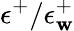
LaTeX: \epsilon^{+}/\epsilon_{\mathbf{w}}^{+}